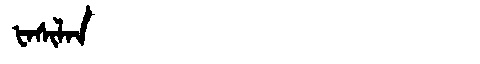
Manchu: ᡶᠠᠰᡳᠯᠠᠨ
Romanization: FASILAN